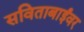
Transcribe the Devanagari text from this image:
सविताबाईंवर